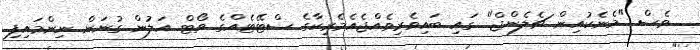
ވެސް "މެނެކުއިން ޗެލެންޖް" ގައި ބައިވެރިވެއްޖެއެމެރިކާގެ ސްޓޭޓެއްގެ ވޯޓް އަލުން ގުނަން ނިންމައިފި